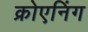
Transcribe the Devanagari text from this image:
क्रोएनिंग